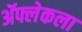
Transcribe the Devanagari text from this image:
ॲफ्लेकला